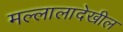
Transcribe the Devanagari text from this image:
मल्लालादेखील